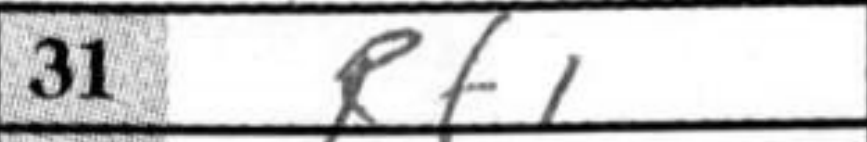
Transcription: Rf1